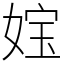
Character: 𡝬